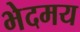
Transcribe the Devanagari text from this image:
भेदमय